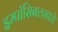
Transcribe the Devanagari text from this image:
इम्पॉसिबलमध्ये